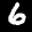
Label: 6